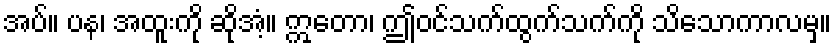
အပ်။ ပန၊ အထူးကို ဆိုအံ့။ ဣတော၊ ဤဝင်သက်ထွက်သက်ကို သိသောကာလမှ။